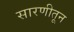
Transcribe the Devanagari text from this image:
सारणीतून